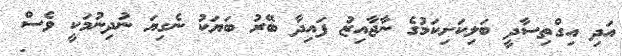
އަދި އިގްތިސާދީ ބަލިކަށިކަމުގެ ނާޖާއިޒު ފައިދާ ބޭރު ބަޔަކު ނެގިޔަ ނުދިނުމަކީ ވެސް